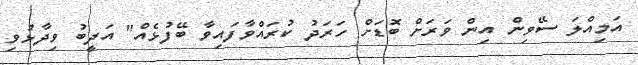
އަމިއްލަ ސޭވިން އިން ވަރަށް ބޮޑަށް ހަރަދު ކުރައްވާފައިވާ ބޭފުޅެއް" އަދީބު ވިދާޅުވި